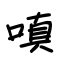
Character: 嗔